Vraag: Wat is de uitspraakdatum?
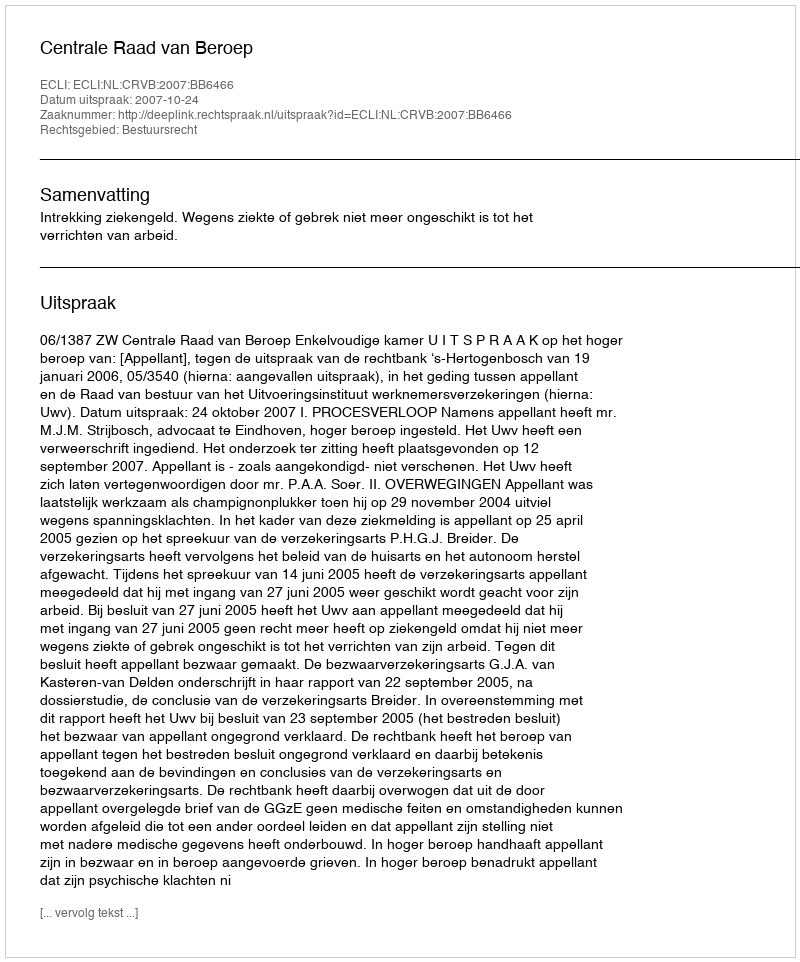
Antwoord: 2007-10-24